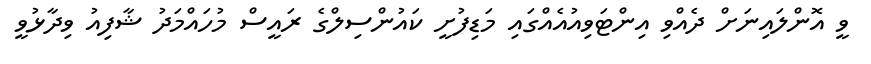
ވީ އޮންލައިނަށް ދެއްވި އިންޓަވިއުއެއްގައި މަޑިފުށީ ކައުންސިލްގެ ރައީސް މުހައްމަދު ޝާފިއު ވިދާޅުވީ